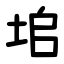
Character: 垖